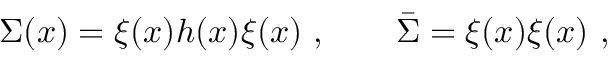
\Sigma ( x ) = \xi ( x ) h ( x ) \xi ( x ) \ , \qquad { \bar { \Sigma } } = \xi ( x ) \xi ( x ) \ ,